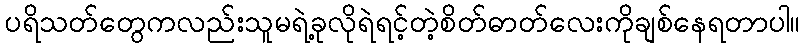
ပရိသတ်တွေကလည်းသူမရဲ့ခုလိုရဲရင့်တဲ့စိတ်ဓာတ်လေးကိုချစ်နေရတာပါ။